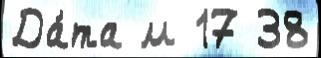
Да́та м 17 38